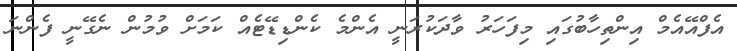
އެފްއޭއެމް އިންތިހާބުގައި މިފަހަރު ވާދަކުރަނީ އެންމެ ކެންޑިޑޭޓެއް ކަމަށް ވުމުން ނެގޭނީ ފެންނަ